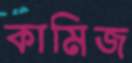
কামিজ